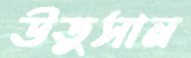
উতুসান